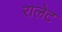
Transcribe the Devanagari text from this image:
रालेट